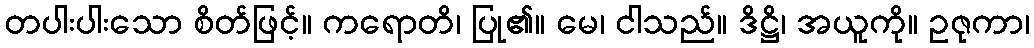
တပါးပါးသော စိတ်ဖြင့်။ ကရောတိ၊ ပြု၏။ မေ၊ ငါသည်။ ဒိဋ္ဌိ၊ အယူကို။ ဥဇုကာ၊